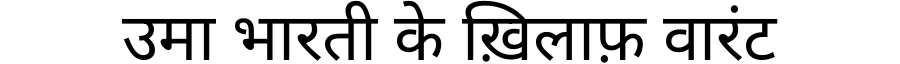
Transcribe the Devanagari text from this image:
उमा भारती के ख़िलाफ़ वारंट